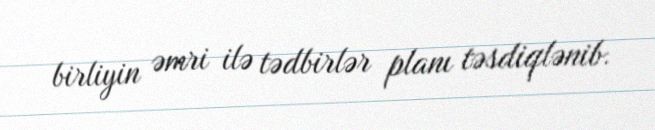
birliyin əmri ilə tədbirlər planı təsdiqlənib.